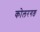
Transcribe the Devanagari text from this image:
कोलरगङ